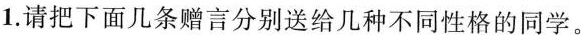
1.请把下面几条赠言分别送给几种不同性格的同学。